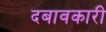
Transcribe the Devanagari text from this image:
दबावकारी